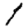
Digit: 1